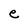
Character: e